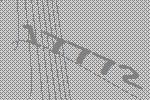
17772